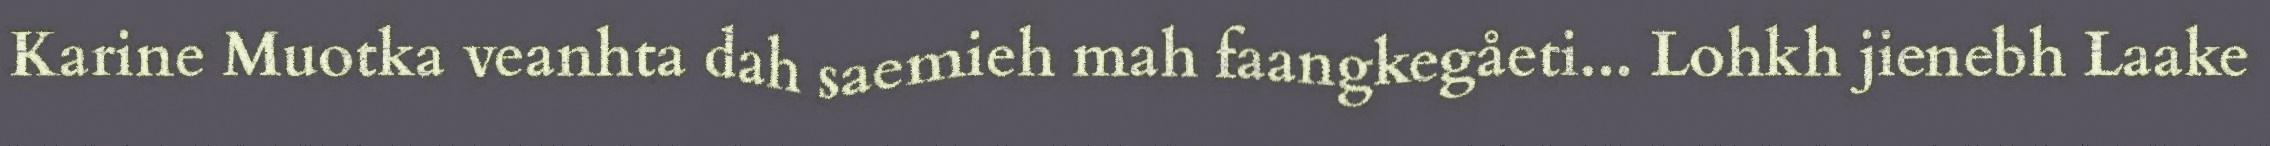
Karine Muotka veanhta dah saemieh mah faangkegåeti... Lohkh jienebh Laake